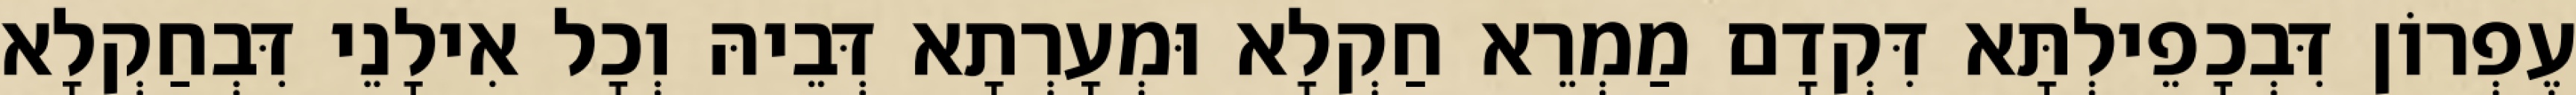
עֶפְרוֹן דִּבְכָפֵילְתָּא דִּקְדָם מַמְרֵא חַקְלָא וּמְעָרְתָא דְּבֵיהּ וְכָל אִילָנֵי דִּבְחַקְלָא